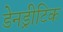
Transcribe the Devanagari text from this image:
डेनड्रीटिक